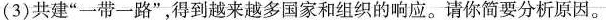
(3)共建”一带一路”，得到越来越多国家和组织的响应。请你简要分析原因。